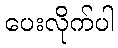
ပေးလိုက်ပါ